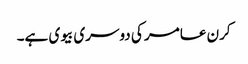
کرن عامر کی دوسری بیوی ہے۔